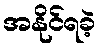
အနိုင်ရခဲ့